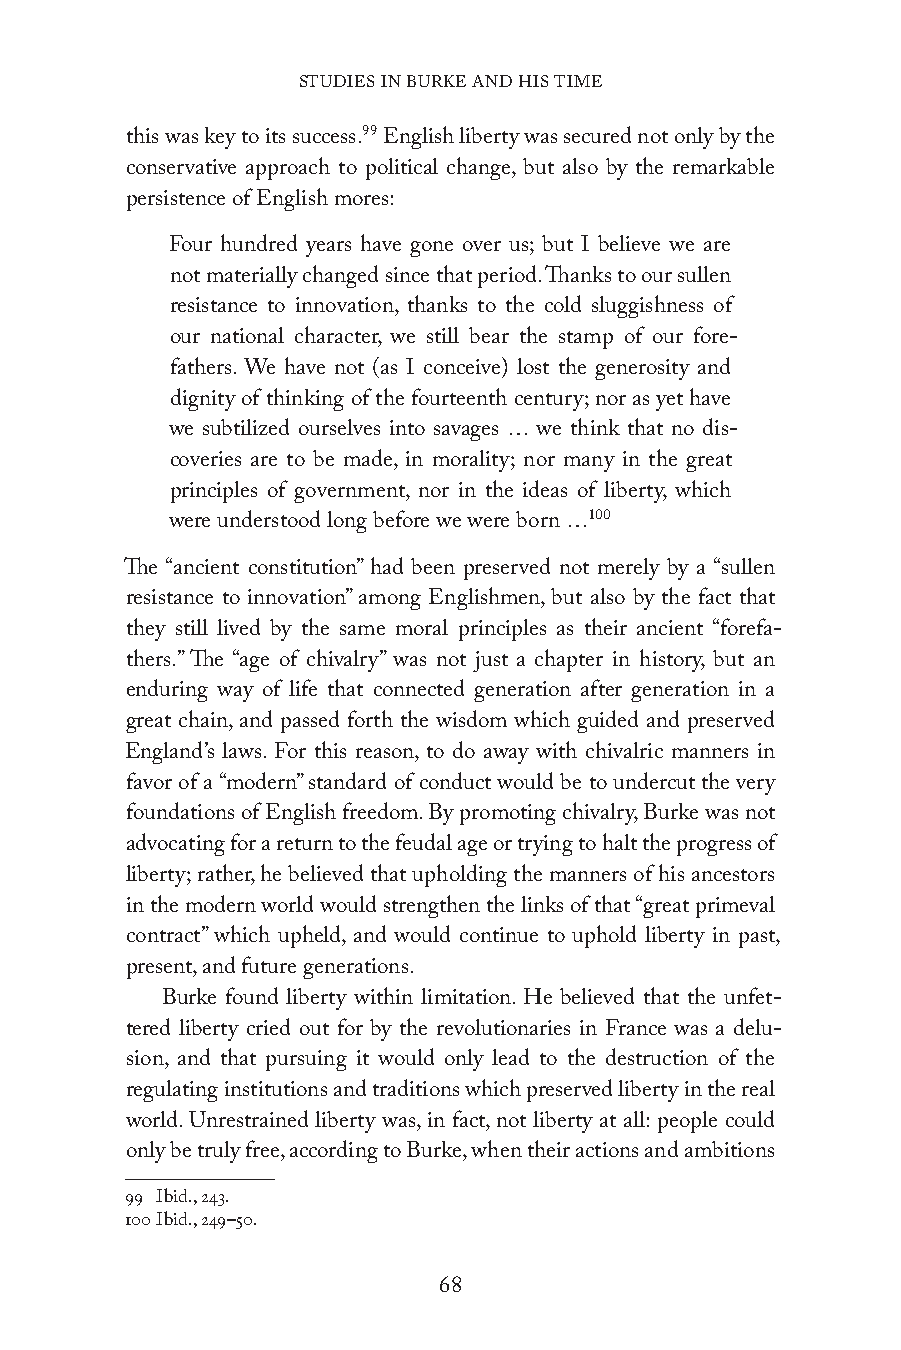
STUDIES IN BURKE AND HIS TIME
 this was key to its success.99 English liberty was secured not only by the
 conservative approach to political change, but also by the remarkable
 persistence of English mores:
 Four hundred years have gone over us; but I believe we are
 not materially changed since that period. Thanks to our sullen
 resistance to innovation, thanks to the cold sluggishness of
 our national character, we still bear the stamp of our fore-
 fathers. We have not (as I conceive) lost the generosity and
 dignity of thinking of the fourteenth century; nor as yet have
 we subtilized ourselves into savages … we think that no dis-
 coveries are to be made, in morality; nor many in the great
 principles of government, nor in the ideas of liberty, which
 were understood long before we were born …100
 The “ancient constitution” had been preserved not merely by a “sullen
 resistance to innovation” among Englishmen, but also by the fact that
 they still lived by the same moral principles as their ancient “forefa-
 thers.” The “age of chivalry” was not just a chapter in history, but an
 enduring way of life that connected generation after generation in a
 great chain, and passed forth the wisdom which guided and preserved
 England’s laws. For this reason, to do away with chivalric manners in
 favor of a “modern” standard of conduct would be to undercut the very
 foundations of English freedom. By promoting chivalry, Burke was not
 advocating for a return to the feudal age or trying to halt the progress of
 liberty; rather, he believed that upholding the manners of his ancestors
 in the modern world would strengthen the links of that “great primeval
 contract” which upheld, and would continue to uphold liberty in past,
 present, and future generations.
 Burke found liberty within limitation. He believed that the unfet-
 tered liberty cried out for by the revolutionaries in France was a delu-
 sion, and that pursuing it would only lead to the destruction of the
 regulating institutions and traditions which preserved liberty in the real
 world. Unrestrained liberty was, in fact, not liberty at all: people could
 only be truly free, according to Burke, when their actions and ambitions
 99 Ibid., 243.
 100 Ibid., 249–50.
 68